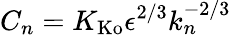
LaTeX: C_{n}=K_{\mathrm{Ko}}\epsilon^{2/3}k_{n}^{-2/3}